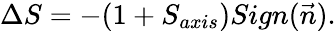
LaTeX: \Delta S=-(1+S_{axis})Sign(\vec{n}).